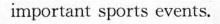
important sports events.